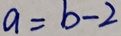
a = b - 2